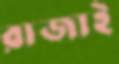
রাজাই